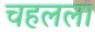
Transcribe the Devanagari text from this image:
चहलला